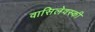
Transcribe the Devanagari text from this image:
वासिलेवस्की